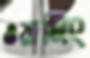
ওয়ার্নিং